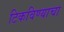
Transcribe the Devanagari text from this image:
टिकविण्याचा